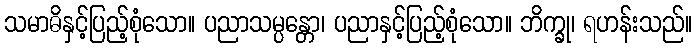
သမာဓိနှင့်ပြည့်စုံသော။ ပညာသမ္ပန္တော၊ ပညာနှင့်ပြည့်စုံသော။ ဘိက္ခု၊ ရဟန်းသည်။